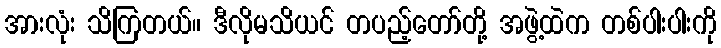
အားလုံး သိကြတယ်။ ဒီလိုမသိယင် တပည့်တော်တို့ အဖွဲ့ထဲက တစ်ပါးပါးကို